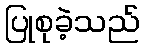
ပြုစုခဲ့သည်